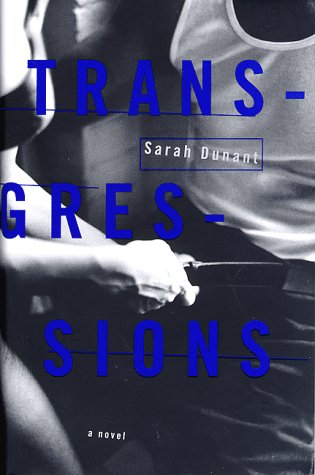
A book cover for Transgressions; Sarah Dunant; Romance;